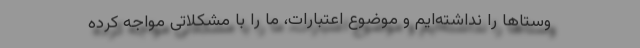
وستاها را نداشته‌ایم و موضوع اعتبارات، ما را با مشکلاتی مواجه کرده